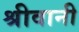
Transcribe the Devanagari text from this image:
श्रीवानी